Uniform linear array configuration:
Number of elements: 16
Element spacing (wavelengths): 1
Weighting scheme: binomial
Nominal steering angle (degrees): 30
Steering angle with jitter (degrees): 30.075
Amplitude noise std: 0.05
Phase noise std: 0.05

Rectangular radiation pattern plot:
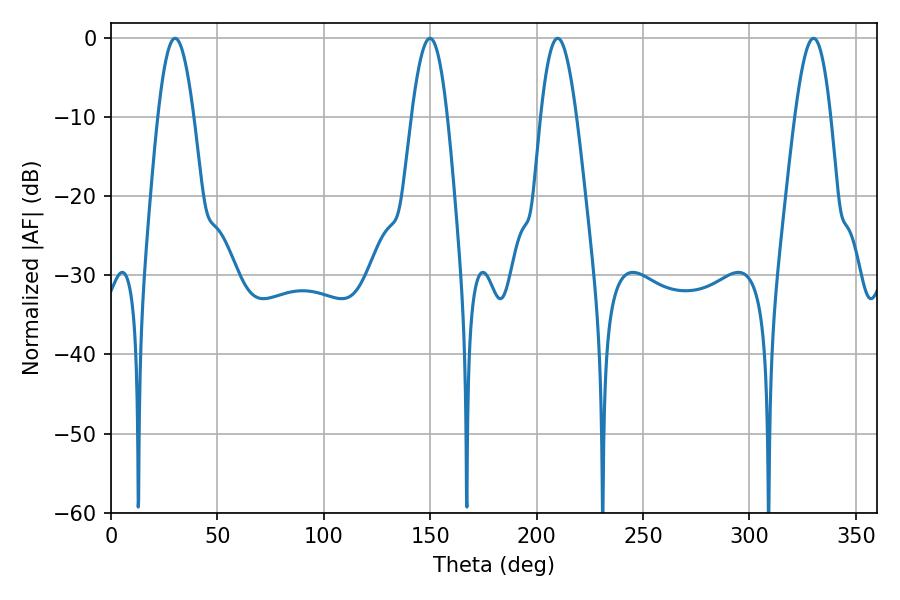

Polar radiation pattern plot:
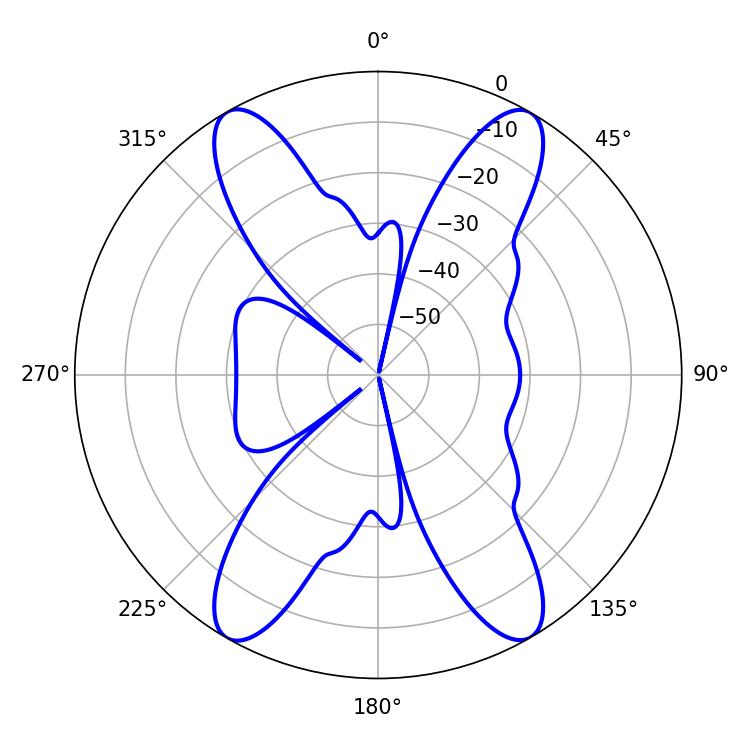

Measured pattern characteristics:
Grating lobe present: TRUE
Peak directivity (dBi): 29.82
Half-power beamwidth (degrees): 9.18
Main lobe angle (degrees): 209.88